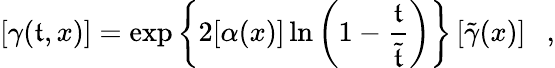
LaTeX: \left[\gamma(\mathfrak{t},x)\right]=\exp\left\{ 2[\alpha(x)]\ln\left(1-\frac{{\mathfrak{t}}}{{\tilde{{\mathfrak{t}}}}}\right)\right\} \left[\tilde{{\gamma}}(x)\right]~~~,